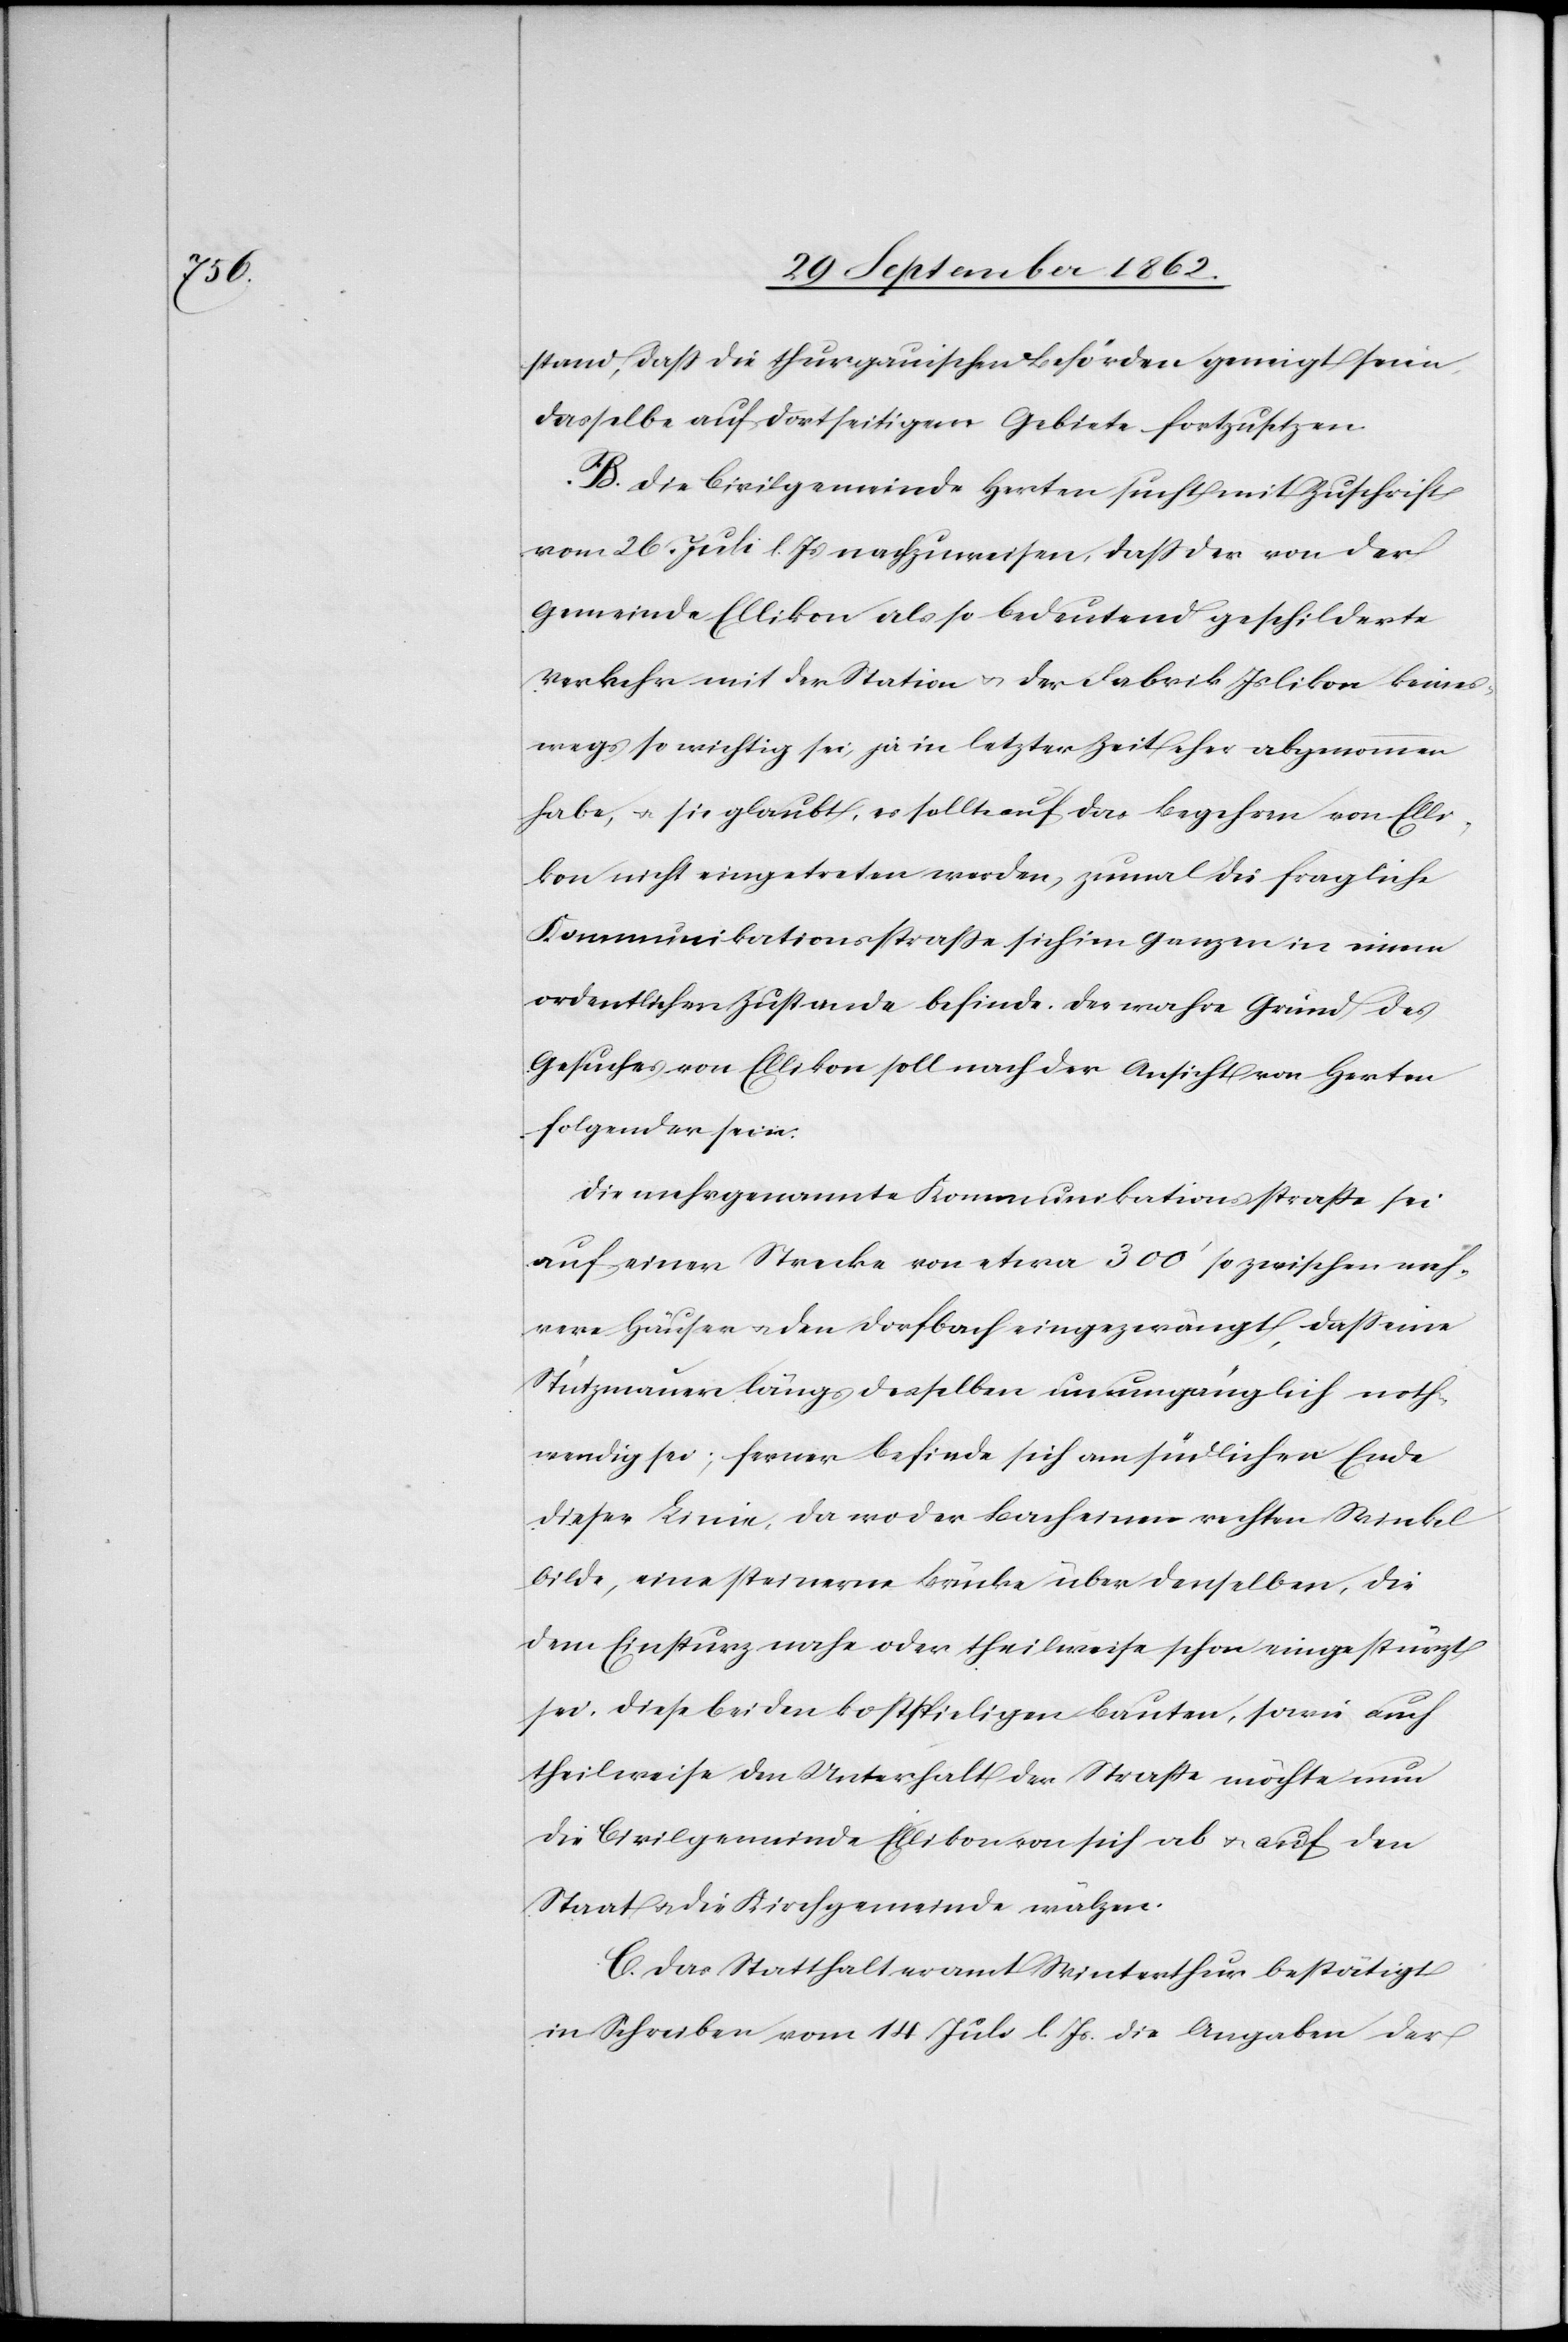
stand, daß die thurgauischen Behörden geneigt seien,
dasselbe auf dortseitigem Gebiete fortzusetzen.
B. Die Civilgemeinde Herten sucht mit Zuschrift
vom 26. Juli l. Js. nachzuweisen, daß der von der
Gemeinde Ellikon als so bedeutend geschilderte
Verkehr mit der Station u. der Fabrik Islikon keines¬
wegs so wichtig sei, ja in letzter Zeit eher abgenommen
habe, u. sie glaubt, es sollte auf das Begehren von Elli¬
kon nicht eingetreten werden, zumal die fragliche
Kommunikationsstraße sich im Ganzen in einem
ordentlichen Zustande befinde. Der wahre Grund des
Gesuches von Ellikon soll nach der Ansicht von Herten
folgender sein;
Die mehrgenannte Kommunikationsstraße sei
auf einer Strecke von etwa 300’ so zwischen meh¬
rere Häuser u. den Dorfbach eingezwängt, daß eine
Stützmauer längs desselben unumgänglich noth¬
wendig sei; ferner befinde sich am südlichen Ende
dieser Linie, da wo der Bach einen rechten Winkel
bilde, eine steinerne Brücke über denselben, die
dem Einsturz nahe oder theilweise schon eingestürzt
sei. Diese beiden kostspieligen Bauten, sowie auch
theilweise den Unterhalt der Straße möchte nun
die Civilgemeinde Ellikon von sich ab u. auf den
Staat u. die Kirchgemeinde wälzen.
C. Das Statthalteramt Winterthur bestätigt
Schreiben vom 14. Juli l. Js. die Angaben der